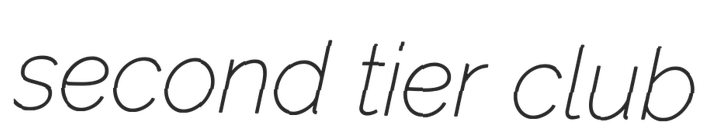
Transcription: second tier club